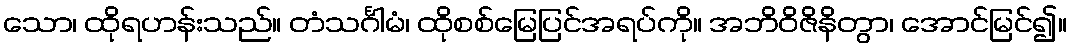
သော၊ ထိုရဟန်းသည်။ တံသင်္ဂါမံ၊ ထိုစစ်မြေပြင်အရပ်ကို။ အဘိဝိဇိနိတွာ၊ အောင်မြင်၍။